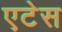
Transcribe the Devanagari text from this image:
एटेस